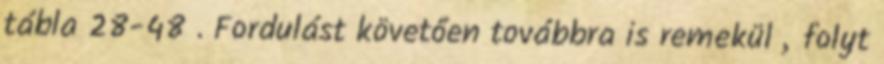
tábla 28-48 . Fordulást követően továbbra is remekül „folyt